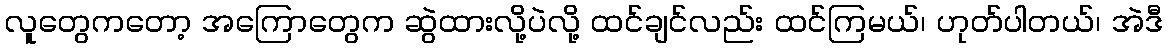
လူတွေကတော့ အကြောတွေက ဆွဲထားလို့ပဲလို့ ထင်ချင်လည်း ထင်ကြမယ်၊ ဟုတ်ပါတယ်၊ အဲဒီ